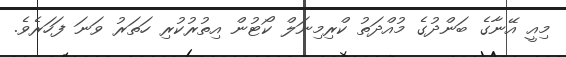
މިއީ އޭނާގެ ބަންދުގެ މުއްދަތު ކްރިމިނަލް ކޯޓުން އިތުރުކުރި ހަތަރު ވަނަ ފަހަރެވެ.